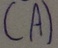
Text: (A)